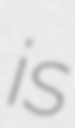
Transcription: is